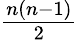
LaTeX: \textstyle{\frac{n(n-1)}{2}}